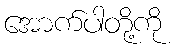
အောက်ပါတို့ကို